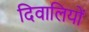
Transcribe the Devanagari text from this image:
दिवालियों